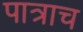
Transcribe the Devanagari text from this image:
पात्राच